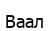
Ваал